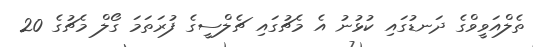
ތެލްއަވީވްގެ ދަނޑުގައި ކުޅުނު އެ މެޗުގައި ޗެލްސީގެ ފުރަތަމަ ގޯލް މެޗުގެ 20